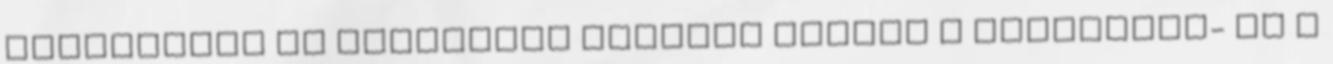
választják el egymástól ennyire durván a permetező- és a